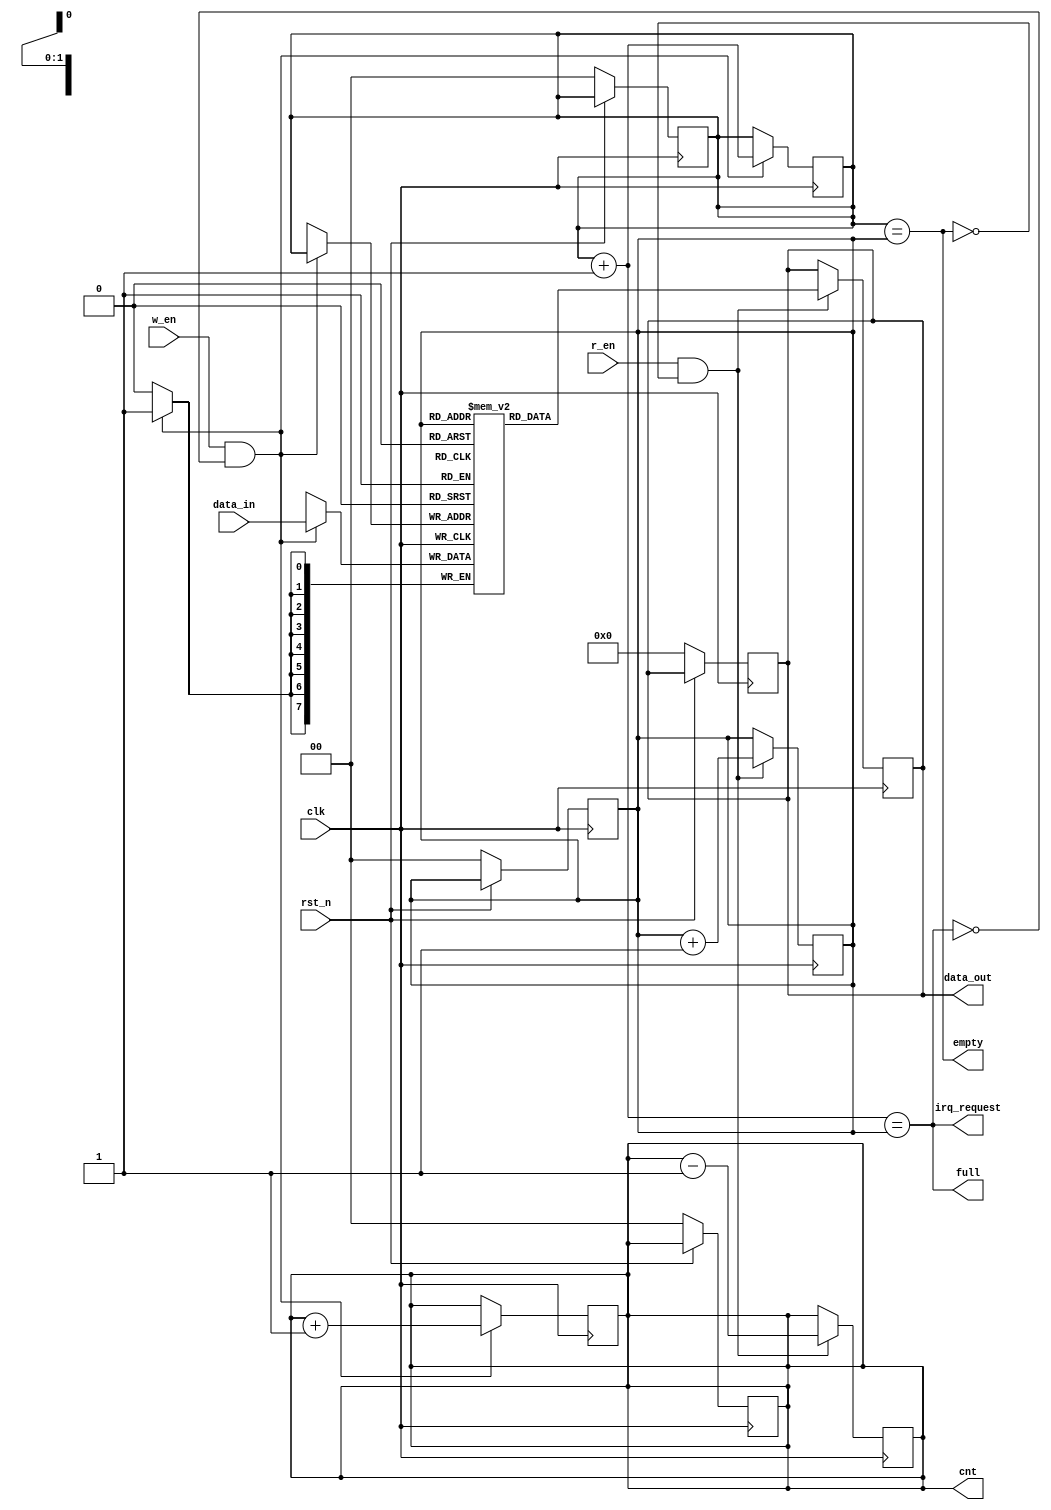
module uart_fifo #(
  parameter DEPTH=4, DATA_WIDTH=8) 
(
  input rst_n,
  input clk,
  input w_en, r_en,
  input [DATA_WIDTH-1:0] data_in,
  output reg [DATA_WIDTH-1:0] data_out,
  output full, empty, irq_request,
  output reg [$clog2(DEPTH)-1:0] cnt
);
  
  reg [$clog2(DEPTH)-1:0] w_ptr, r_ptr;
  reg [DATA_WIDTH-1:0] fifo[(DEPTH)-1:0];
  reg irq_request_d;
  
  // Set Default values on reset.
  always@(posedge clk) begin
    if(!rst_n) begin
      w_ptr <= 0; r_ptr <= 0;
      data_out <= 0; cnt <= 0;
    end
  end
  
  // To write data to FIFO
  always@(posedge clk) begin
    if(w_en & !full)begin
      fifo[w_ptr] <= data_in;
      w_ptr <= w_ptr + 1;
      cnt <= cnt + 1;
      
    end
  end

  // always@(*)begin
  //   $display("data_cnt: %d", cnt);
  // end
  
  // To read data from FIFO
  always@(posedge clk) begin
    if(r_en & !empty) begin
      data_out <= fifo[r_ptr];
      r_ptr <= r_ptr + 1;
      cnt <= cnt - 1;
      // $display("read data: %d", fifo[r_ptr]);
    end
  end

  // always@(posedge clk)begin
  //   irq_request_d <= irq_request;
  // end
  
  assign full = ((w_ptr+1'b1) == r_ptr);
  assign empty = (w_ptr == r_ptr);
  //assign irq_request = ((r_ptr + (DEPTH >>1)) == w_ptr) || ((w_ptr + (DEPTH >>1)) == r_ptr) ;
  // assign irq_request = (r_ptr[$clog2(DEPTH)-1] == ~w_ptr[$clog2(DEPTH)-1]) && (r_ptr[$clog2(DEPTH)-2:0] == w_ptr[$clog2(DEPTH)-2:0]) ;
  assign irq_request = full;
  // assign cnt = (w_ptr > r_ptr) ? w_ptr - r_ptr :
  //                   (w_ptr < r_ptr) ? r_ptr - w_ptr : 0 ;
endmodule